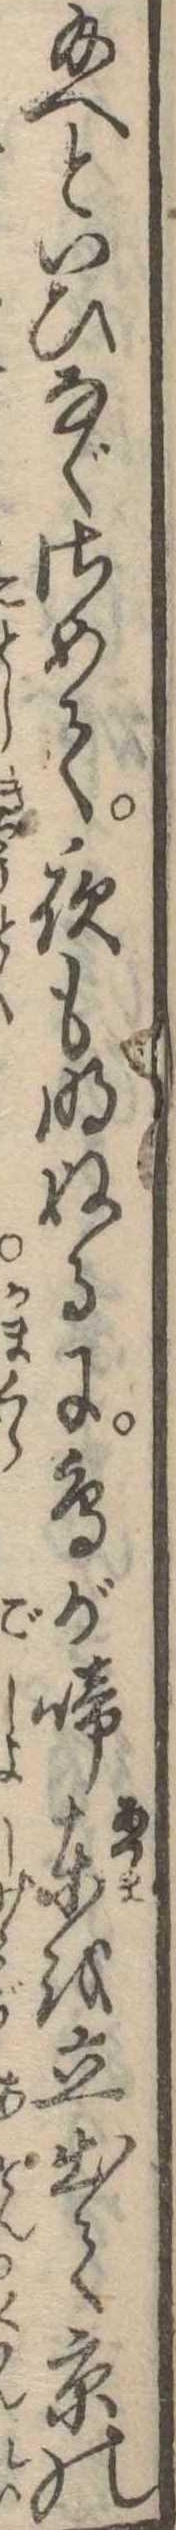
給へといひなぐさめて夜も明ぬるに鳥が啼東を立出て京の